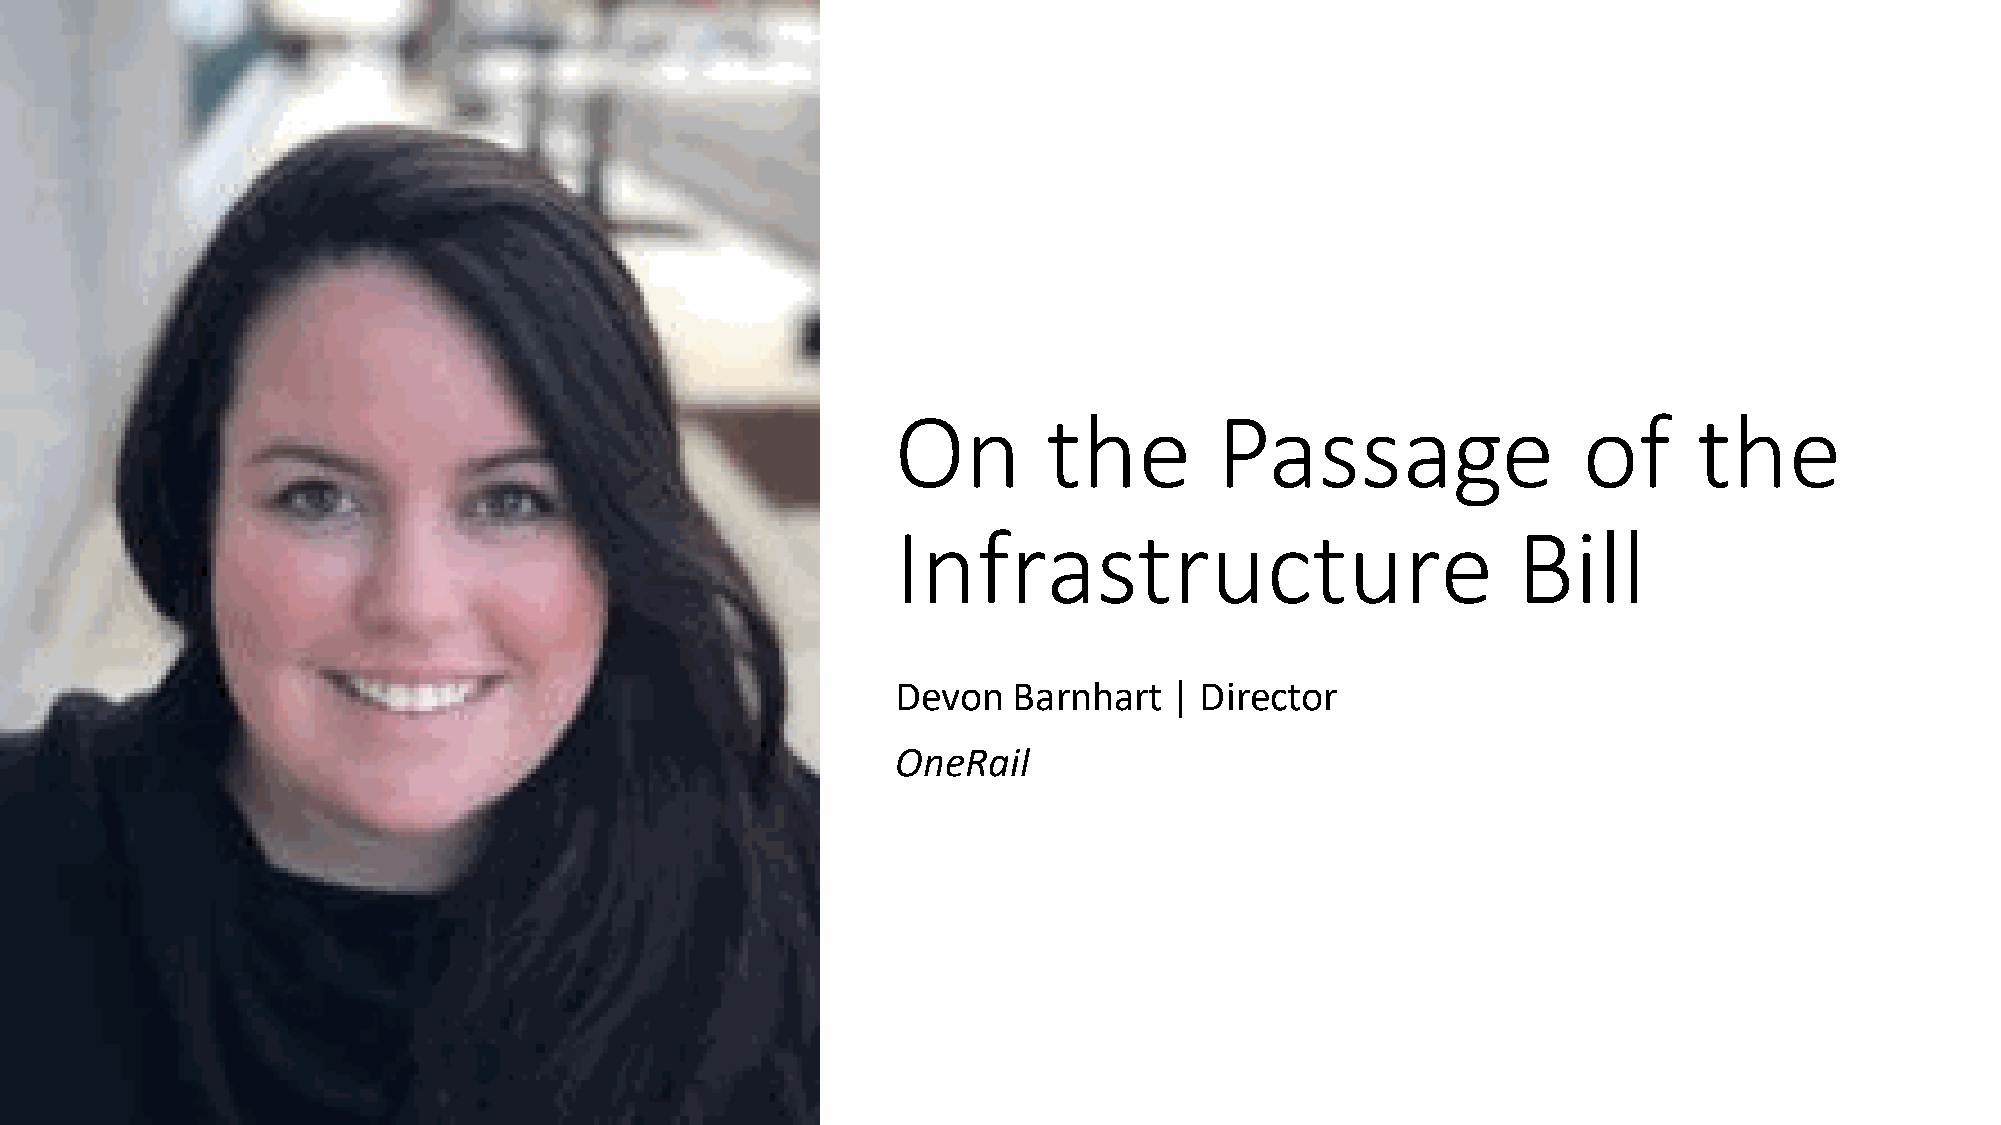
On        the         Passage                 of     the
 Infrastructure                           Bill
 Devon   Barnhart   | Director
 OneRail